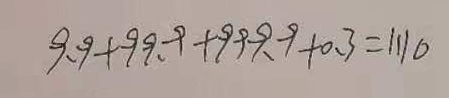
9 . 9 + 9 9 . 9 + 9 9 9 . 9 + 0 . 3 = 1 1 1 0